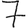
Digit: 7